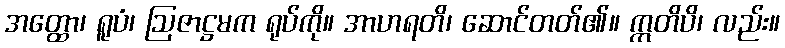
အတ္ထော၊ ရူပံ၊ ဩဇာဋ္ဌမက ရုပ်ကို။ အာဟရတိ၊ ဆောင်တတ်၏။ ဣတိပိ၊ လည်း။